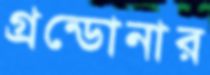
গ্রন্ডোনার